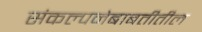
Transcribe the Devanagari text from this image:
संकल्पनेबाबतीतील